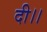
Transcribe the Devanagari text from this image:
दी।।